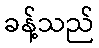
ခန့်သည်